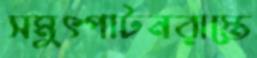
সমুৎপাটনরাস্তে